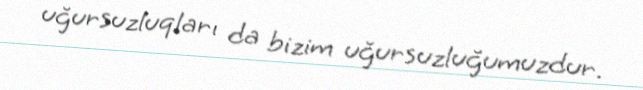
uğursuzluqları da bizim uğursuzluğumuzdur.